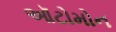
ઑટોમોન